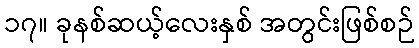
၁၇။ ခုနစ်ဆယ့်လေးနှစ် အတွင်းဖြစ်စဉ်